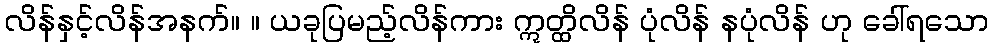
လိန်နှင့်လိန်အနက်။ ။ ယခုပြမည့်လိန်ကား ဣတ္ထိလိန် ပုံလိန် နပုံလိန် ဟု ခေါ်ရသော